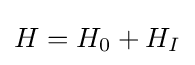
H=H_{0}+H_{I}